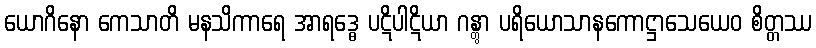
ယောဂိနော ကေသာတိ မနသိကာရေ အာရဒ္ဓေ ပဋိပါဋိယာ ဂန္တွာ ပရိယောသာနကောဋ္ဌာသေယေဝ စိတ္တဿ